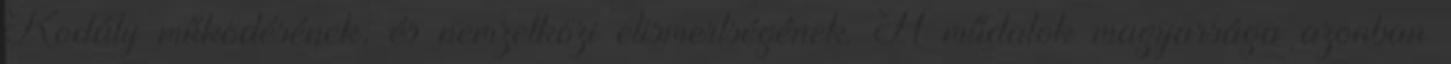
Kodály működésének, és nemzetközi elismertségének. A műdalok magyarsága azonban